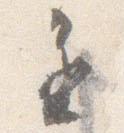
進